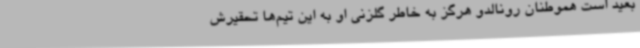
بعید است هموطنان رونالدو هرگز به‌ خاطر گلزنی او به این تیم‌ها تحقیرش